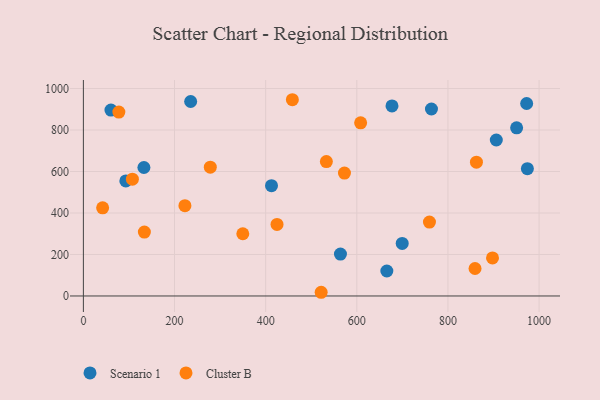
{"axis": {"x": "Price", "y": "Yield"}, "legend": ["Cluster B", "Scenario 1"], "data": [{"x": "564.1", "y": 202.1, "type": "Scenario 1"}, {"x": "972.7", "y": 927.8, "type": "Scenario 1"}, {"x": "412.8", "y": 531.5, "type": "Scenario 1"}, {"x": "763.8", "y": 901.5, "type": "Scenario 1"}, {"x": "974.3", "y": 613.7, "type": "Scenario 1"}, {"x": "132.8", "y": 619.4, "type": "Scenario 1"}, {"x": "677.2", "y": 916.1, "type": "Scenario 1"}, {"x": "699.6", "y": 253.3, "type": "Scenario 1"}, {"x": "665.9", "y": 120.3, "type": "Scenario 1"}, {"x": "950.7", "y": 810.4, "type": "Scenario 1"}, {"x": "906.1", "y": 751.9, "type": "Scenario 1"}, {"x": "60.5", "y": 896.2, "type": "Scenario 1"}, {"x": "235.4", "y": 937.5, "type": "Scenario 1"}, {"x": "93.1", "y": 554.6, "type": "Scenario 1"}, {"x": "608.4", "y": 834.9, "type": "Cluster B"}, {"x": "859.4", "y": 132.4, "type": "Cluster B"}, {"x": "533.2", "y": 648.1, "type": "Cluster B"}, {"x": "424.9", "y": 345.0, "type": "Cluster B"}, {"x": "521.8", "y": 17.8, "type": "Cluster B"}, {"x": "222.8", "y": 435.5, "type": "Cluster B"}, {"x": "133.8", "y": 308.2, "type": "Cluster B"}, {"x": "759.4", "y": 356.4, "type": "Cluster B"}, {"x": "107.5", "y": 562.9, "type": "Cluster B"}, {"x": "897.8", "y": 183.5, "type": "Cluster B"}, {"x": "458.6", "y": 946.1, "type": "Cluster B"}, {"x": "349.8", "y": 300.0, "type": "Cluster B"}, {"x": "278.5", "y": 621.0, "type": "Cluster B"}, {"x": "862.5", "y": 645.1, "type": "Cluster B"}, {"x": "572.9", "y": 592.4, "type": "Cluster B"}, {"x": "42.2", "y": 424.9, "type": "Cluster B"}, {"x": "77.8", "y": 886.8, "type": "Cluster B"}]}